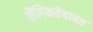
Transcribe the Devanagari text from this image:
लैंगिकतेबाबत